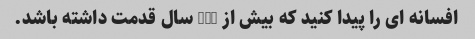
افسانه ای را پیدا کنید که بیش از 100 سال قدمت داشته باشد.